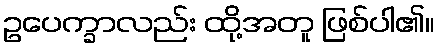
ဥပေက္ခာလည်း ထို့အတူ ဖြစ်ပါ၏။